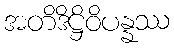
အတိဒိဋ္ဌိဝိပန္နဿ